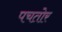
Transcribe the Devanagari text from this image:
पचतोर